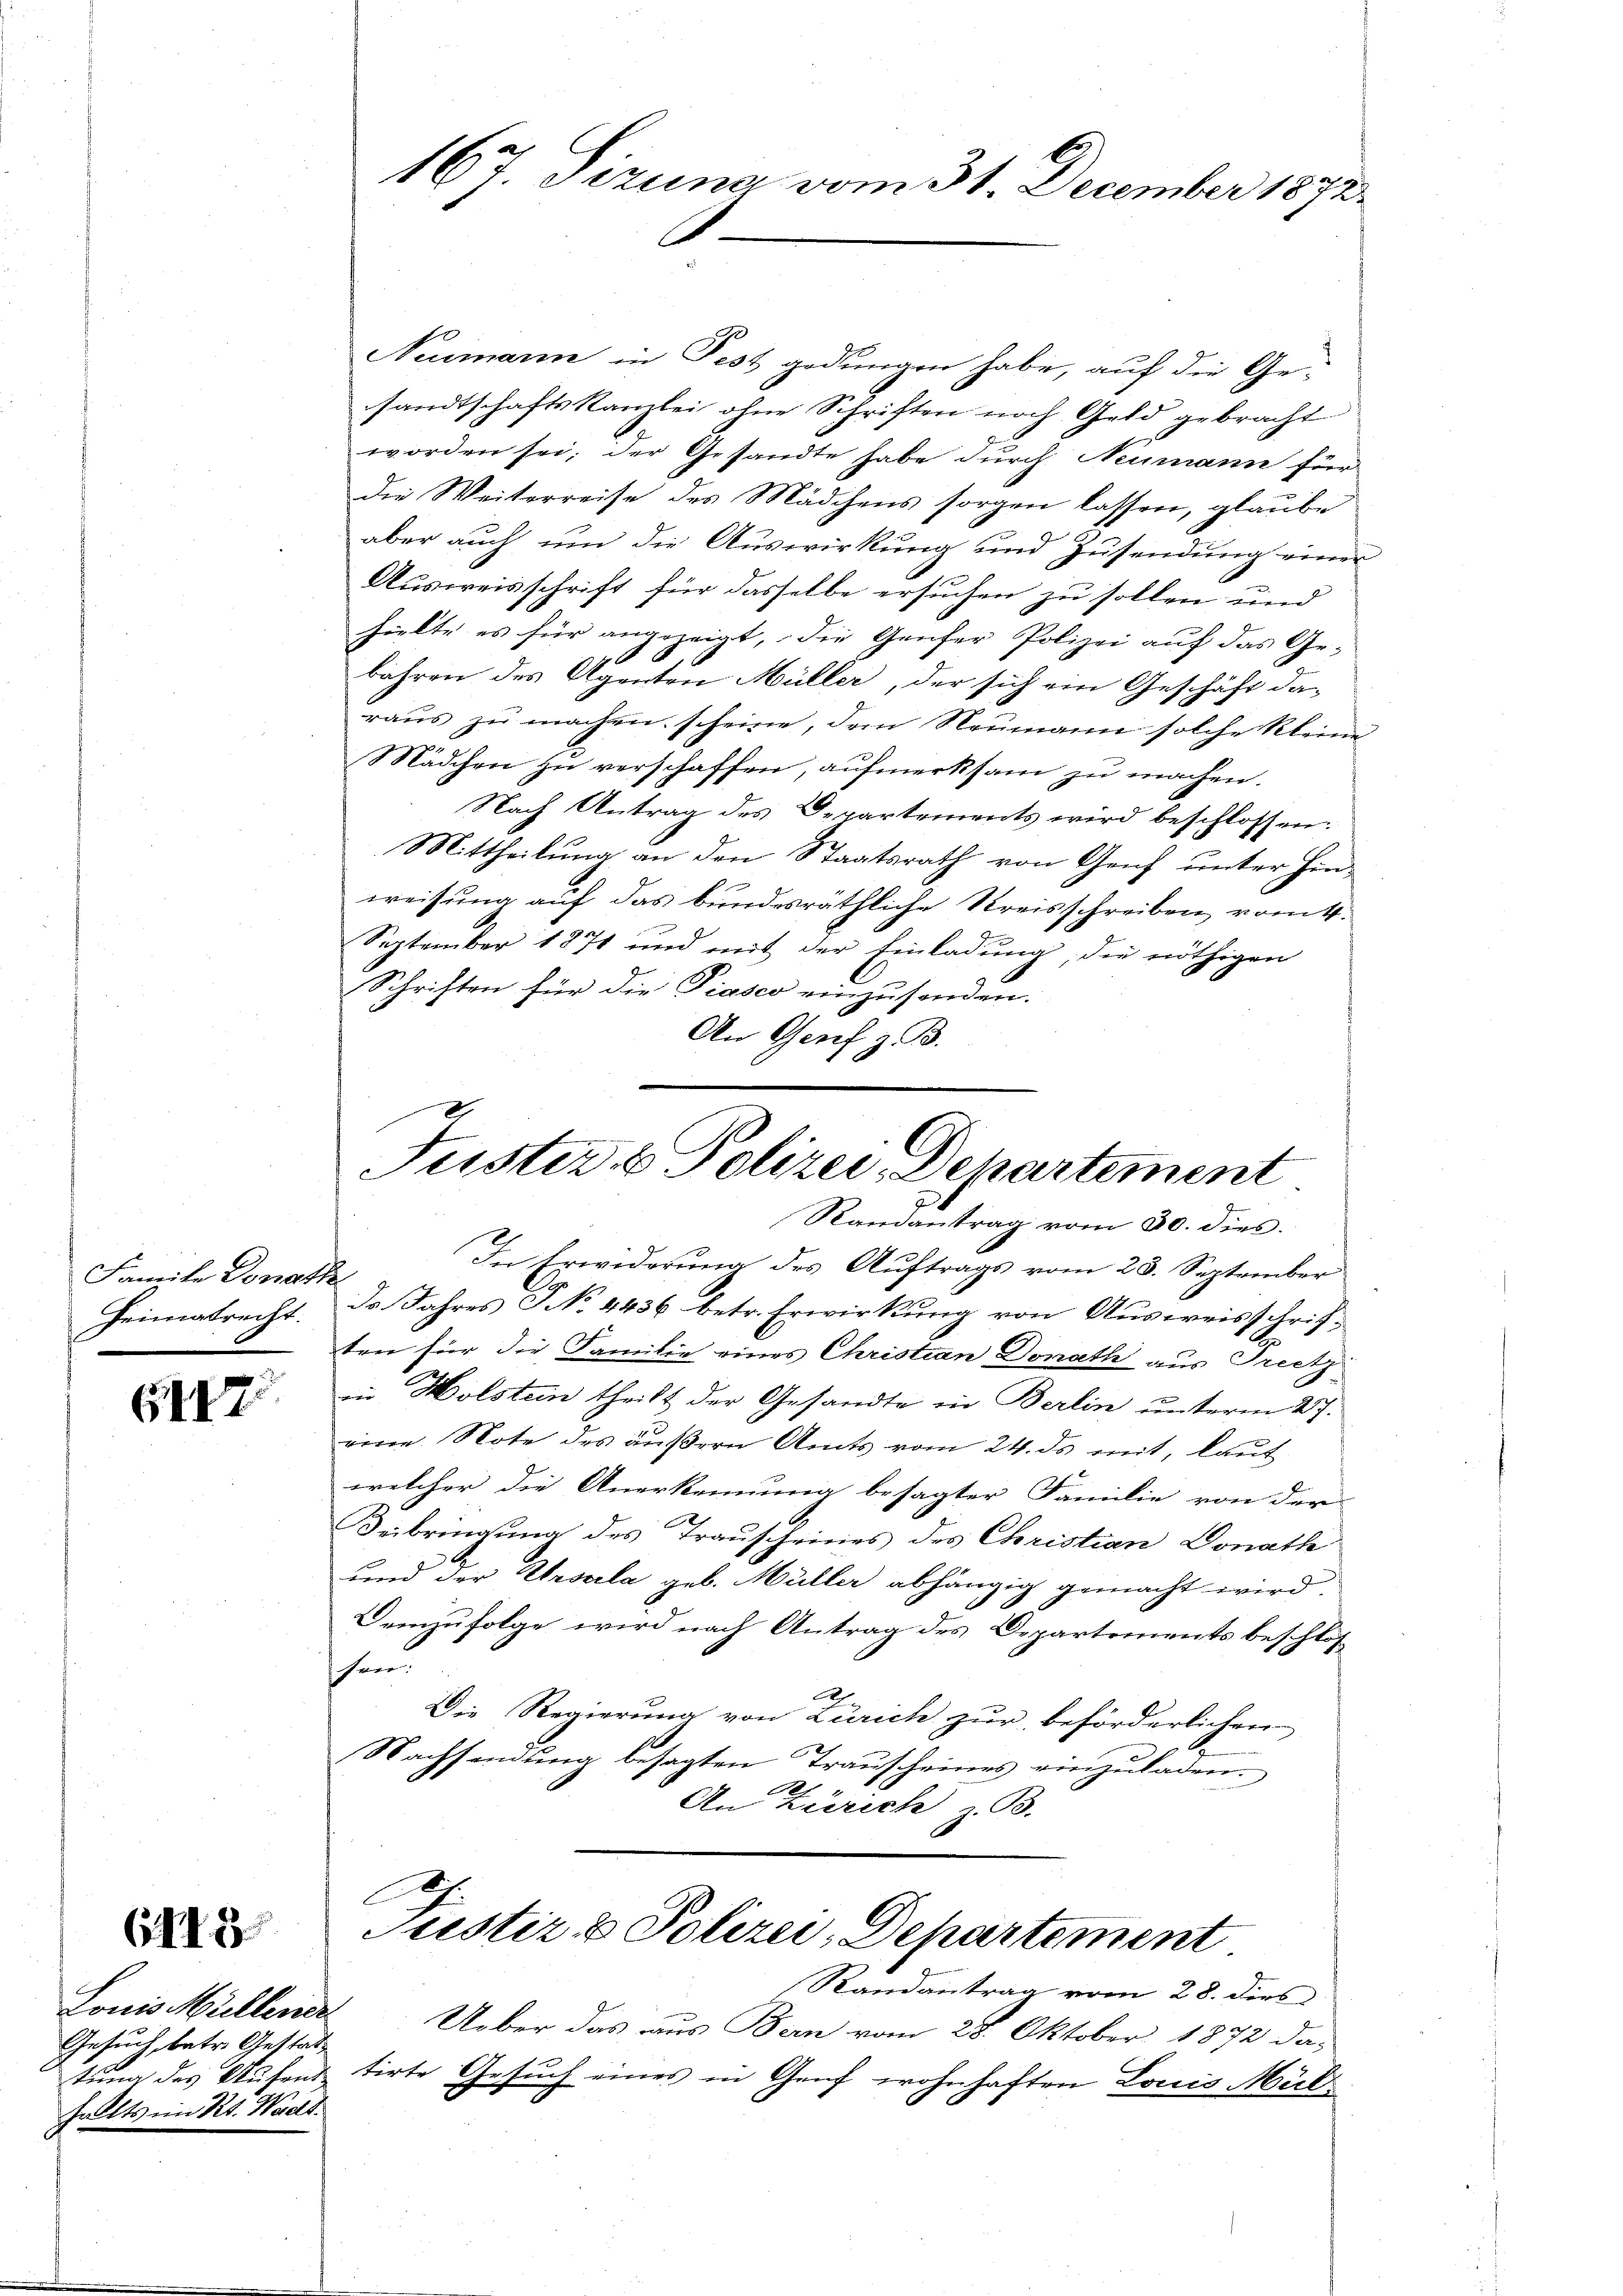
Famile Donath
Heimatrecht.

6417

6413

Louis Müllener
Gesuch, betr. Gestathallts im Kt. Wadt.

Neumann in Fest gedungen habe, auf die Ge-
sandtschaftskanzlei ohne Schriften noch Geld gebracht
worden sei; der Gesandte habe durch Neumann für
die Weiterreise des Mädchens sorgen lassen, glaube
aber auch um die Auswirkung und Zusendung einer
Ausweisschrift für dasselbe ersuchen zu sollen und
hielte es für angezeigt, die Genfer Polizei auf das Ge-
bahren des Agenton Müller, der sich ein Geschäft da-
raŭs zŭ machen scheine, dem Neumann solche Kleine
Mädchen zu verschaffen, aufmerksam zu machen.
Nach Antrag des Departements wird beschlossen:
Mittheilung an den Staatsrath von Genf unter Hinweisung auf das bundesräthliche Kreisschreiben vom 4.
September 1871 und mit der Einladung, die nöthigen
Schriften für die Piasco einzusenden.
An Genf z. B.
Justiz & Polizei Departement

167. Sizung vom 31. December 1872.

Randantrag vom 30. dies

In Erwiderung des Auftrags vom 28. September
ds Jahres NNo. 4436 betr. Erwirkung von Ausweisschriften für die Familie eines Christian Donath aus Treetz
in Holstein theilt der Gesandte in Berlin unterm 27.
viren Note des äußern Amts vom 24. ds mit, laut
welcher die Anerkennung besagter Familie von der
Beibringung des Trauscheines des Christian Donath
und der Ursula geb. Müller abhängig gemacht wird.
Demzufolge wird nach Antrag des Departements beschlosschen.
A
Die Regierung von Zürich zur beförderlichen
Nachsendung besagten Transcheines einzuladen.
An Zürich z. B.

C
Justiz & Polizei, Departement
Randantrag vom 28. dies

Ueber das aus Bern vom 28. Oktober 1872 das
tung des Aufent tirte Gesuch eines in Genf wohnhaften Louis Mül